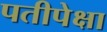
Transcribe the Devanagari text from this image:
पतीपेक्षा